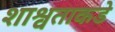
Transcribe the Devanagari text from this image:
शाश्वताकडे